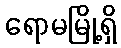
ရောမမြို့ရှိ